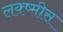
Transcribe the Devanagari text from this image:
लक्ष्मीस